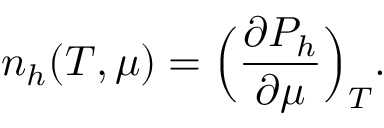
n _ { h } ( T , \mu ) = \Bigl ( { \frac { \partial P _ { h } } { \partial \mu } } \Bigr ) _ { T } .